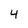
Character: 4